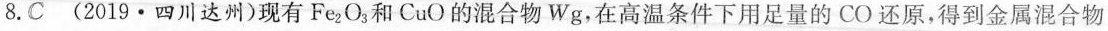
8.C (2019·四川达州)现有Fe_{2}O_{3}和CuO的混合物，在高温条件下用足量的CO还原，得到金属混合物